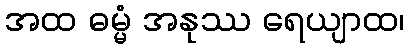
အထ ဓမ္မံ အနုဿ ရေယျာထ၊